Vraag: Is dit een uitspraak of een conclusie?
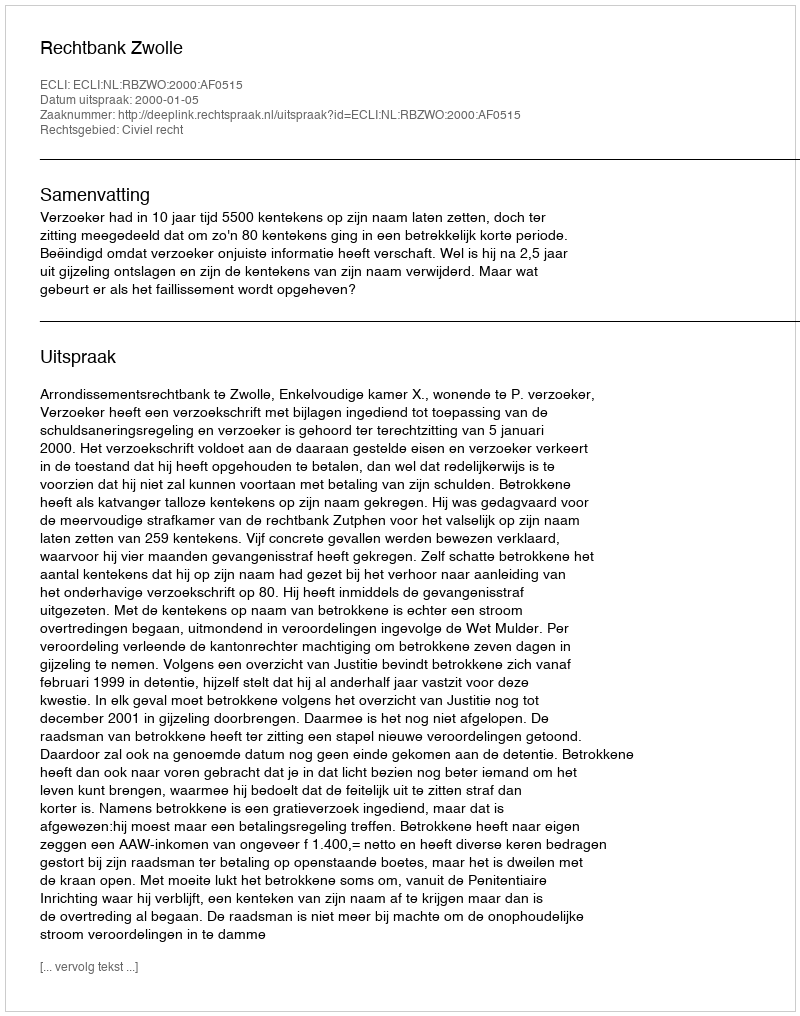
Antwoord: Uitspraak